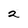
Character: 2